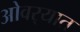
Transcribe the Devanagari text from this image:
ओवर्‍यात